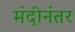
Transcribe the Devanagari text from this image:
मंदीनंतर